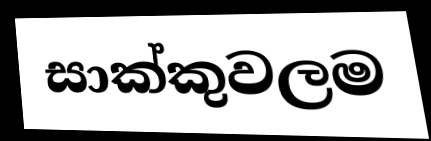
සාක්කුවලම